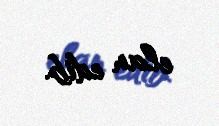
elan edib.